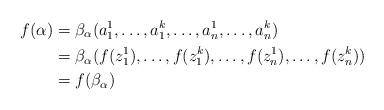
LaTeX: \begin{align*}f(\alpha) &= \beta_\alpha(a_1^1, \dots, a_1^k, \dots, a_n^1, \dots, a_n^k)\\&= \beta_\alpha(f(z_1^1), \dots, f(z_1^k), \dots, f(z_n^1), \dots, f(z_n^k))\\& = f(\beta_\alpha)\end{align*}